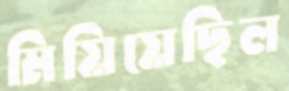
মিয়িয়েছিল